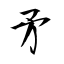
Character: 矛